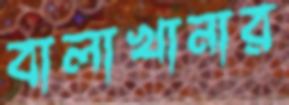
বালাখানার